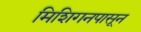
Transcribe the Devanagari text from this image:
मिशिगनपासून